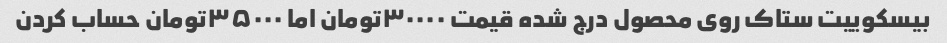
بیسکوییت ستاک روی محصول درج شده قیمت ۳۰۰۰۰تومان اما ۳۵۰۰۰تومان حساب کردن